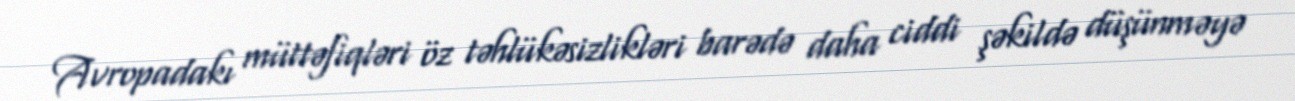
Avropadakı müttəfiqləri öz təhlükəsizlikləri barədə daha ciddi şəkildə düşünməyə